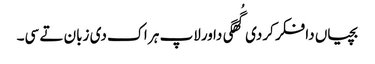
بچیاں دا فکر کردی گُھگی دا ورلاپ ہر اک دی زبان تے سی۔